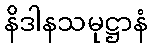
နိဒါနသမုဋ္ဌာနံ